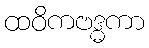
ထဝိကဗဒ္ဓကာ